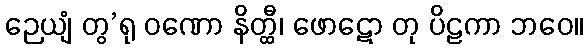
ဉေယျံ တွ’ရု ဝဏော နိတ္ထီ၊ ဖောဋော တု ပိဠကာ ဘဝေ။